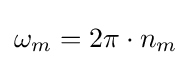
\omega _{m}=2\pi \cdot n_{m}